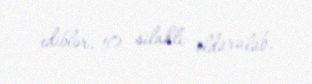
ediblər, 10 silahlı öldürülüb.